Annual administration report of the Civil Veterinary Department of India - 1905-1906
Year: 1905
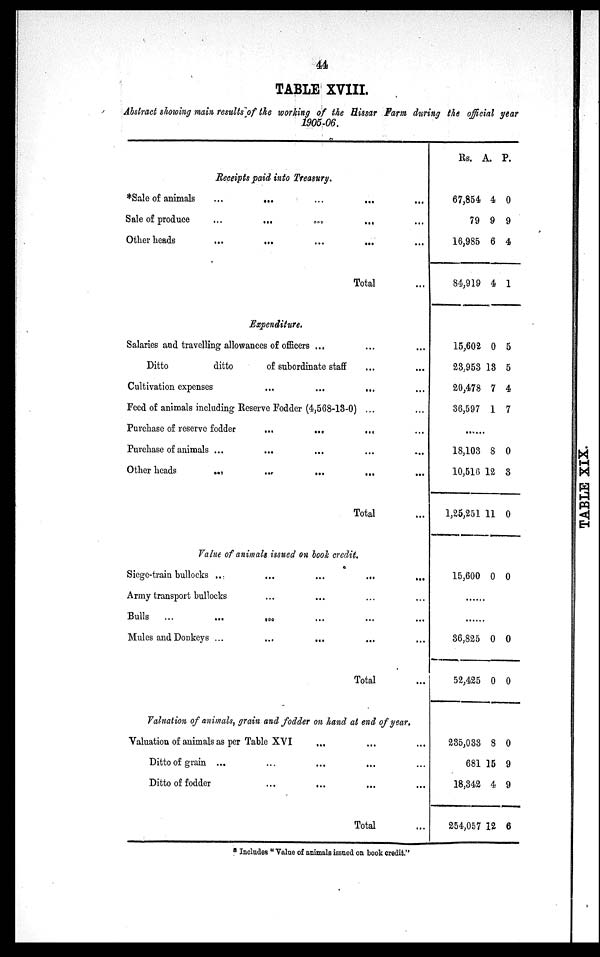
44
TABLE XVIII.
Abstract showing main results of the working of the Hissar Farm during the official year
1905-06.
Receipts paid into Treasury.
*Sale of animals
...
... ... ...
Sale of produce
...
...
...
...
Other heads
...
...
...
...
Total ...
Expenditure.
Salaries and travelling allowances of officers ... ... ...
Ditto
ditto
of subordinate staff ... ...
Cultivation expenses
...
...
... ...
Feed of animals including Reserve Fodder (4,568-13-0) ... ...
Purchase of reserve fodder
...
...
... ...
Purchase of animals ... ... ... ... ...
Other heads ... ... ... ... ...
Total ...
Value of animals issued on book credit.
Siege-train bullocks ..
...
...
...
...
Army transport bullocks ... ... ... ...
Bulls
...
...
...
...
...
...
Mules and Donkeys ... ... ... ... ...
Total ...
Valuation of animals, grain and fodder on hand at end of year.
Valuation of animals as per Table XVI ... ... ...
Ditto of grain ... ... ... ... ...
Ditto of fodder ... ... ... ...
Total ...
Rs.
67,854
79
16,985
84,919
15,602
23,953
20,478
36,597
......
18,103
10,516
1,25,251
15,600
......
......
36,825
52,425
235,033
681
18,342
254,057
A.
4
9
6
4
0
13
7
1
8
12
11
0
0
0
8
15
4
12
P.
0
9
4
1
5
5
4
7
0
3
0
0
0
0
0
9
9
6
* Includes "Value of animals issued on book credit."